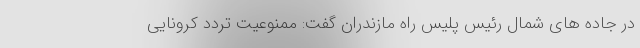
در جاده های شمال رئیس پلیس راه مازندران گفت: ممنوعیت تردد کرونایی